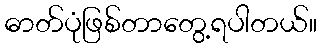
ဓာတ်ပုံဖြစ်တာတွေ့ရပါတယ်။